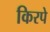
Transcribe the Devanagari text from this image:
किरपे